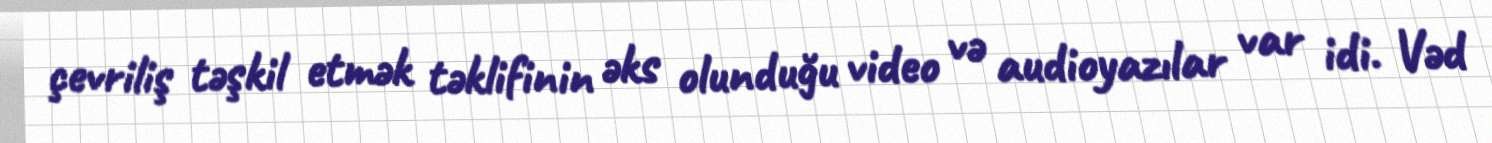
çevriliş təşkil etmək təklifinin əks olunduğu video və audioyazılar var idi. Vəd